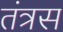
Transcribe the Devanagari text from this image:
तंत्रस